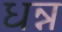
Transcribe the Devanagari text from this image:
धन्न